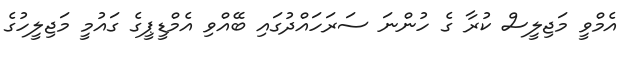
އެމްވީ މަޖިލީސް ކުރާ ގެ ހުންނަ ސަރަހައްދުގައި ބޭއްވި އެމްޑީޕީގެ ގައުމީ މަޖިލީހުގެ